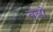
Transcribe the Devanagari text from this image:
तन्नॊ